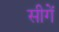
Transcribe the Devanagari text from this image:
सीगें